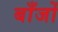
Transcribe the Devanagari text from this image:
बाँजों